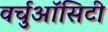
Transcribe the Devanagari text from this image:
वर्चुऑसिटी